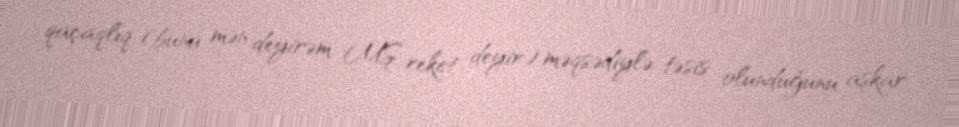
qaçaqlıq (bunu mən deyirəm, MŞ reket deyir) məqsədiylə təsis olunduğunu aşkar